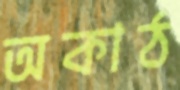
অকাঠ